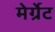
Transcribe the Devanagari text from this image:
मेर्ग्रेट